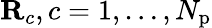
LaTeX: \mathbf{R}_{c},c=1,\dots,N_{\mathrm{p}}